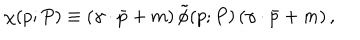
\chi ( p ; P ) \equiv \left( \gamma \cdot \bar { p } + m \right) \tilde { \phi } ( p ; P ) \left( \gamma \cdot \bar { p } + m \right) ,